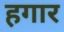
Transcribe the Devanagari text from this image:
हगार